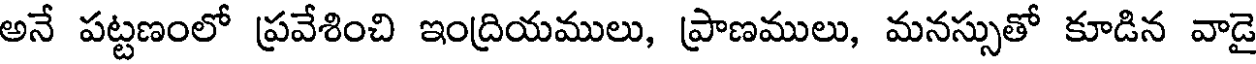
అనే పట్టణంలో ప్రవేశించి ఇంద్రియములు, ప్రాణములు, మనస్సుతో కూడిన వాడై